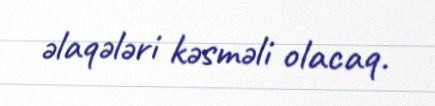
əlaqələri kəsməli olacaq.